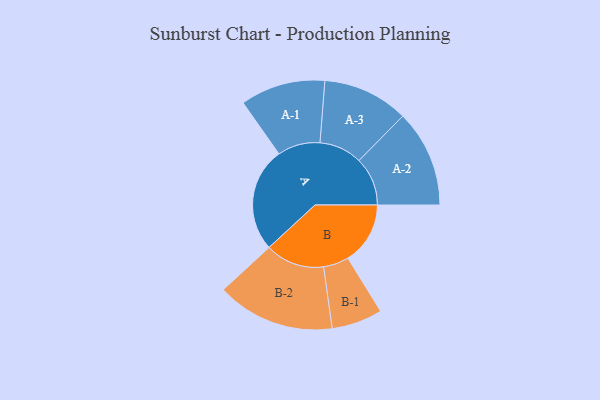
{"axis": {"x": "Segment", "y": "Value"}, "legend": ["", "A", "B"], "data": [{"x": "A", "y": 484, "type": ""}, {"x": "B", "y": 289, "type": ""}, {"x": "A-1", "y": 197, "type": "A"}, {"x": "A-2", "y": 225, "type": "A"}, {"x": "A-3", "y": 199, "type": "A"}, {"x": "B-1", "y": 118, "type": "B"}, {"x": "B-2", "y": 274, "type": "B"}]}